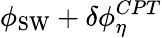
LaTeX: \phi_{\mathrm{SW}}+\delta\phi_{\eta}^{CPT}